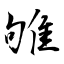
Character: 雊